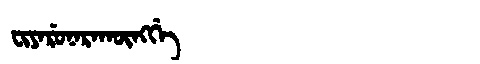
Manchu: ᠸᡳᠶᠠᡵᡠᠨᠠᡵᠠᡴᡡᠩᡤᡝ
Romanization: FIYARUNARAKŪNGGE